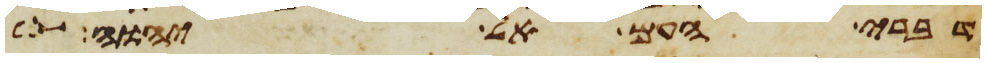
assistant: דברי העם אל יהוה